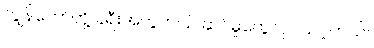
ကျွန်တော်တို့ ခရီးအတွက်ပြင်ဆင်မှုတွေလုပ်သင့်တယ်။